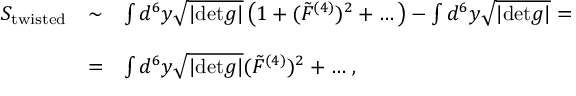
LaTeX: \begin{array} { r c l } { { S _ { \mathrm { t w i s t e d } } } } & { { \sim } } & { { \int d ^ { 6 } y \sqrt { | \mathrm { d e t } g | } \left( 1 + ( { \tilde { \cal F } } ^ { ( 4 ) } ) ^ { 2 } + \dots \right) - \int d ^ { 6 } y \sqrt { | \mathrm { d e t } g | } = } } \\ { { } } & { { } } & { { } } \\ { { } } & { { = } } & { { \int d ^ { 6 } y \sqrt { | \mathrm { d e t } g | } ( { \tilde { \cal F } } ^ { ( 4 ) } ) ^ { 2 } + \dots \, , } } \end{array}